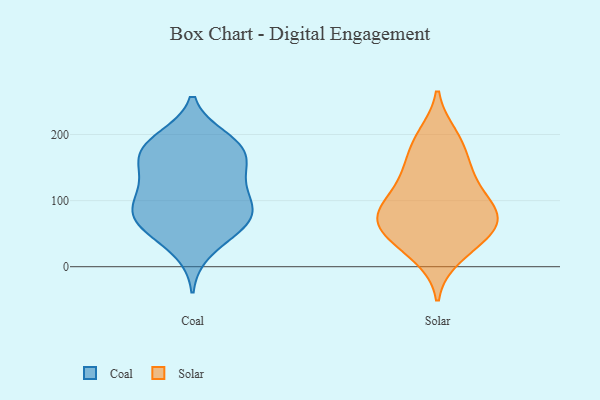
{"axis": {"x": "Budget (USD K)", "y": "Value"}, "legend": ["Coal", "Solar"], "data": [{"x": "", "y": 69, "type": "Coal"}, {"x": "", "y": 131, "type": "Coal"}, {"x": "", "y": 99, "type": "Coal"}, {"x": "", "y": 184, "type": "Coal"}, {"x": "", "y": 64, "type": "Coal"}, {"x": "", "y": 81, "type": "Coal"}, {"x": "", "y": 163, "type": "Coal"}, {"x": "", "y": 123, "type": "Coal"}, {"x": "", "y": 164, "type": "Coal"}, {"x": "", "y": 176, "type": "Coal"}, {"x": "", "y": 24, "type": "Coal"}, {"x": "", "y": 57, "type": "Coal"}, {"x": "", "y": 63, "type": "Coal"}, {"x": "", "y": 147, "type": "Coal"}, {"x": "", "y": 91, "type": "Coal"}, {"x": "", "y": 190, "type": "Coal"}, {"x": "", "y": 194, "type": "Coal"}, {"x": "", "y": 99, "type": "Coal"}, {"x": "", "y": 174, "type": "Solar"}, {"x": "", "y": 65, "type": "Solar"}, {"x": "", "y": 91, "type": "Solar"}, {"x": "", "y": 56, "type": "Solar"}, {"x": "", "y": 104, "type": "Solar"}, {"x": "", "y": 15, "type": "Solar"}, {"x": "", "y": 195, "type": "Solar"}, {"x": "", "y": 82, "type": "Solar"}, {"x": "", "y": 55, "type": "Solar"}, {"x": "", "y": 46, "type": "Solar"}, {"x": "", "y": 64, "type": "Solar"}, {"x": "", "y": 135, "type": "Solar"}, {"x": "", "y": 146, "type": "Solar"}, {"x": "", "y": 140, "type": "Solar"}, {"x": "", "y": 24, "type": "Solar"}, {"x": "", "y": 199, "type": "Solar"}, {"x": "", "y": 92, "type": "Solar"}, {"x": "", "y": 81, "type": "Solar"}]}